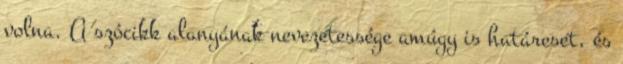
volna. A szócikk alanyának nevezetessége amúgy is határeset, és